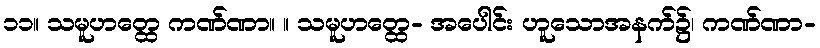
၁၁။ သမူဟတ္ထေ ကဏ်ဏာ။ ။ သမူဟတ္ထေ- အပေါင်း ဟူသောအနက်၌၊ ကဏ်ဏာ-